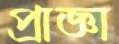
প্রাজ্ঞা